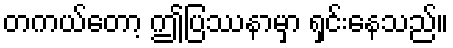
တကယ်တော့ ဤပြဿနာမှာ ရှင်းနေသည်။